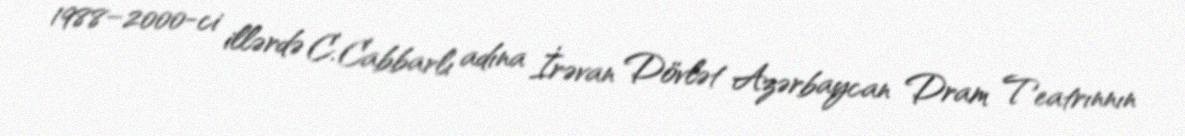
1988–2000-ci illərdə C. Cabbarlı adına İrəvan Dövlət Azərbaycan Dram Teatrınnın